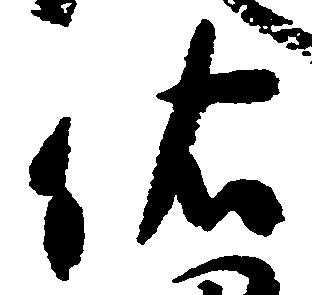
依